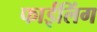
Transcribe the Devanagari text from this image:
फाईलिंग